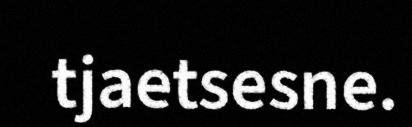
tjaetsesne.